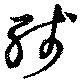
残